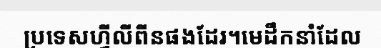
ប្រទេសហ្វីលីពីនផងដែរ។មេដឹកនាំដែល